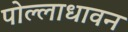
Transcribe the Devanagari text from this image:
पोल्लाधावन